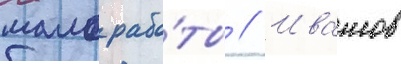
мало рабо́ты // Ивашов